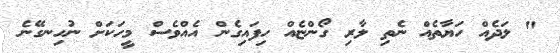
" ލަދެއް ހަޔާތެއް ނެތި ލާރި ގޯންޏެއް ހިފައިގެން އެއްވެސް މީހަކަށް ނުހިނގޭނެ